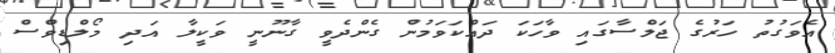
އެވަގުތު ހަރުގެ ޖަލްސާގައި ވާހަކަ ދައްކަވަމުން ގެންދެވީ ގާނޫނީ ވަކީލާ އަދި މޯލްޑިވްސް